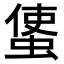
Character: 𧍅